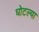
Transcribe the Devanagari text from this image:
घोटल्या